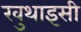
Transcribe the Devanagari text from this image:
खुथाइसी